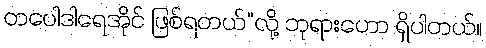
တပေါဒါရေအိုင် ဖြစ်ရတယ်”လို့ ဘုရားဟော ရှိပါတယ်။